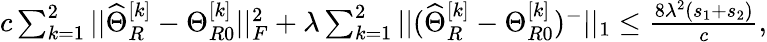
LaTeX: \begin{array}{r}{c\sum_{k=1}^{2}||\widehat{\Theta}_{R}^{[k]}-\Theta_{R0}^{[k]}||_{F}^{2}+\lambda\sum_{k=1}^{2}||(\widehat{\Theta}_{R}^{[k]}-\Theta_{R0}^{[k]})^{-}||_{1}\leq\frac{8\lambda^{2}(s_{1}+s_{2})}{c},}\end{array}